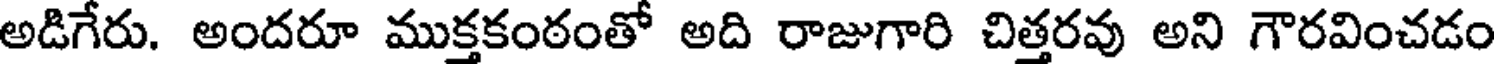
అడిగేరు. అందరూ ముక్తకంఠంతో అది రాజుగారి చిత్తరవు అని గౌరవించడం